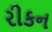
રીકન